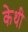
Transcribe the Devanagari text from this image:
केथी